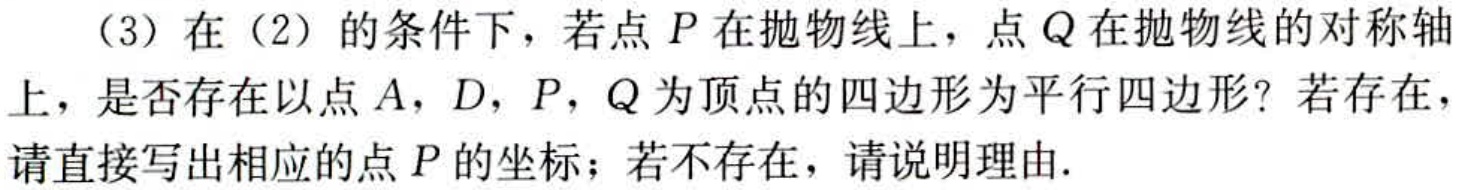
（3）在（2）的条件下，若点\(P\)在抛物线上，点\(Q\)在抛物线的对称轴上，是否存在以点\(A\)，\(D\)，\(P\)，\(Q\)为顶点的四边形为平行四边形？若存在，请直接写出相应的点\(P\)的坐标；若不存在，请说明理由.